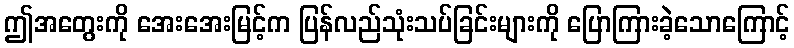
ဤအတွေးကို အေးအေးမြင့်က ပြန်လည်သုံးသပ်ခြင်းများကို ပြောကြားခဲ့သောကြောင့်